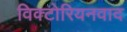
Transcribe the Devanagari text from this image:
विक्टोरियनवाद